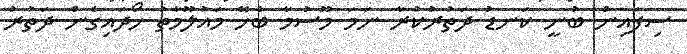
ސިފައިން ބުނީ ކަނޑު ދަތުރުކުރާ ނަމަ މޫސުމާ ބެހޭ މައުލޫމާތު ހޯދައިގެން ދަތުރު